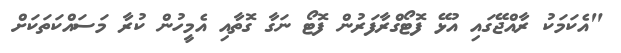
"އެކަމަކު ރާއްޖޭގައި އުޅޭ ފޮޓޯގްރާފަރުން ފޮޓޯ ނަގާ ގޮތާއި އެމީހުން ކުރާ މަސައްކަތަކަށް